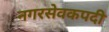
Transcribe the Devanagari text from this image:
नगरसेवकपदी